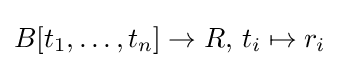
B[t_{1},\dots ,t_{n}]\to R,\,t_{i}\mapsto r_{i}